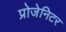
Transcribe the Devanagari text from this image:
प्रोजेनिटर